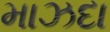
માઝદા